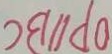
O P / / B C